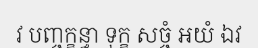
វ បញ្ចក្ខន្ធា ទុក្ខ សច្ចំ អយំ ឯវ